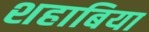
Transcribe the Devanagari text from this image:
शहाबिया